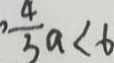
\frac { 4 } { 3 } a < - 6